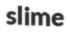
slime